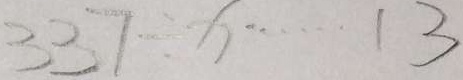
3 3 7 \div x \cdots 1 3